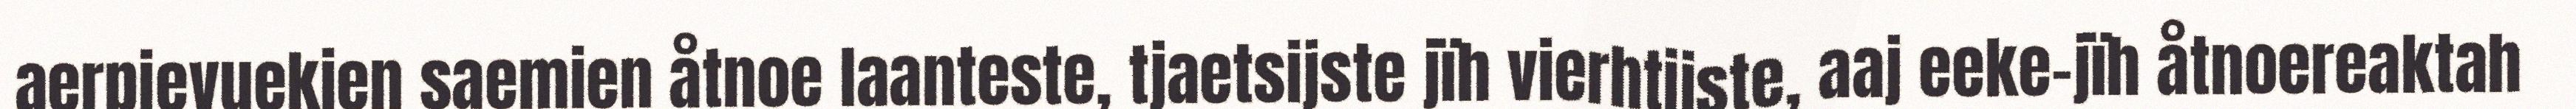
aerpievuekien saemien åtnoe laanteste, tjaetsijste jïh vierhtijste, aaj eeke-jïh åtnoereaktah